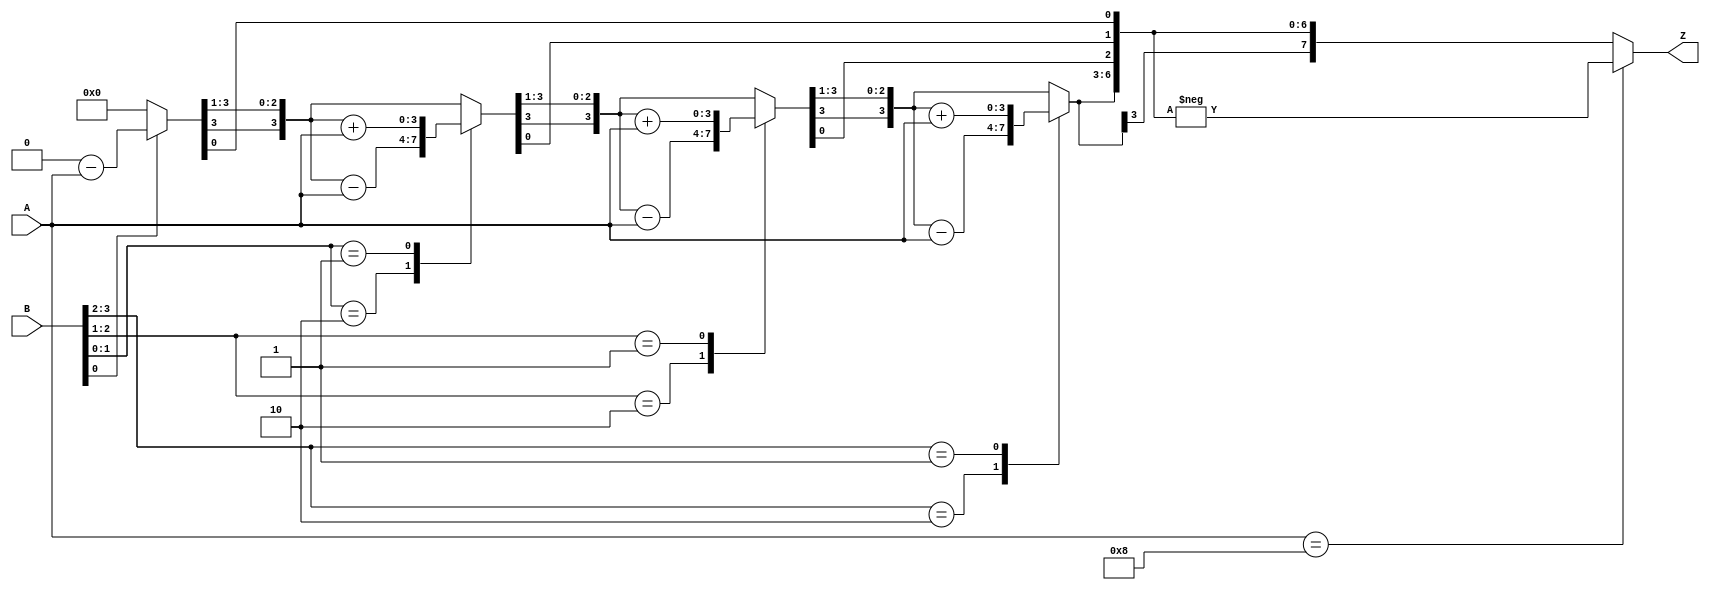
`timescale 1ns/1ps

module booth_multiplier(input signed [3:0] A, input signed [3:0] B, output reg signed [7:0] Z);

reg q;
integer i;

always @(A , B)
begin
  q = 0;
  Z = 8'b00000000;
  for(i=0; i<4; i=i+1)
  begin
    case({B[i],q})
    2'b10: Z[7:4] = Z[7:4] - A;
    2'b01: Z[7:4] = Z[7:4] + A;
    default : Z = Z;
    endcase
    Z = Z>>1;
    q = B[i];
    Z[7] = Z[6];
  end
  if(A == 4'd8)
  Z = -Z;
end

endmodule